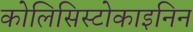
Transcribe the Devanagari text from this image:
कोलिसिस्टोकाइनिन